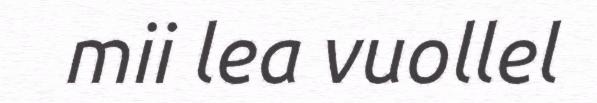
mii lea vuollel